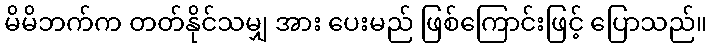
မိမိဘက်က တတ်နိုင်သမျှ အား ပေးမည် ဖြစ်ကြောင်းဖြင့် ပြောသည်။